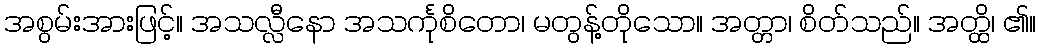
အစွမ်းအားဖြင့်။ အသလ္လီနော အသင်္ကုစိတော၊ မတွန့်တိုသော။ အတ္တာ၊ စိတ်သည်။ အတ္ထိ၊ ၏။